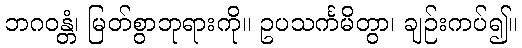
ဘဂဝန္တံ၊ မြတ်စွာဘုရားကို။ ဥပသင်္ကမိတွာ၊ ချဉ်းကပ်၍။